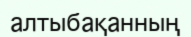
алтыбақанның